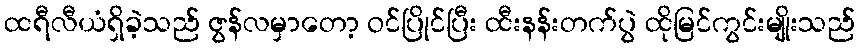
ထရီလီယံရှိခဲ့သည် ဇွန်လမှာတော့ ဝင်ပြိုင်ပြီး ထီးနန်းတက်ပွဲ ထိုမြင်ကွင်းမျိုးသည်